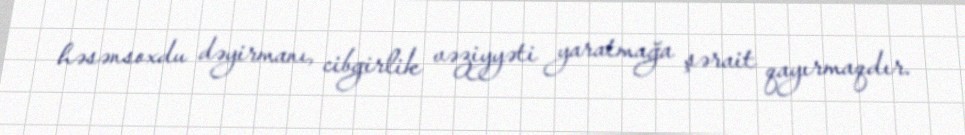
həsənsoxdu dəyirmanı, cibgirlik vəziyyəti yaratmağa şərait qayırmaqdır.